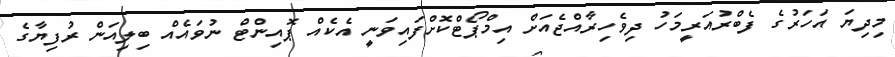
މިދިޔަ އަހަރުގެ ފެބްރުއަރީމަހު ދިވެހިރާއްޖެއަށް އިމްޕޯޓްކޮށްފައިވަނީ އެކެއް ޕޮއިންޓް ނުވައެއް ބިލިއަން ރުފިޔާގެ